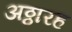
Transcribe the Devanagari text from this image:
अठ्ठारह